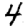
Digit: 4